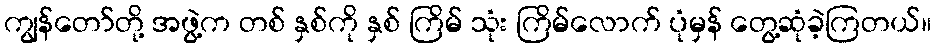
ကျွန်တော်တို့ အဖွဲ့က တစ် နှစ်ကို နှစ် ကြိမ် သုံး ကြိမ်လောက် ပုံမှန် တွေ့ဆုံခဲ့ကြတယ်။